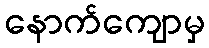
နောက်ကျောမှ